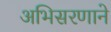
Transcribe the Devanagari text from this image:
अभिसरणाने